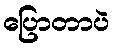
ပြောတာပဲ